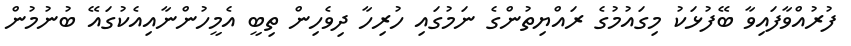
ފުރުއްވާފައިވާ ބޭފުޅަކު މިގައުމުގެ ރައްޔިތުންގެ ނަމުގައި ހުރިހާ ދިވެހިން ތިބީ އެމީހުންނާއިއެކުގައޭ ބުނުމުން